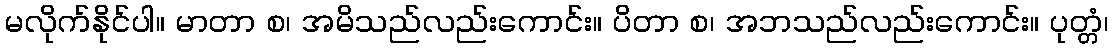
မလိုက်နိုင်ပါ။ မာတာ စ၊ အမိသည်လည်းကောင်း။ ပိတာ စ၊ အဘသည်လည်းကောင်း။ ပုတ္တံ၊